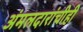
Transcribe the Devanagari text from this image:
अंमलदारांचीही